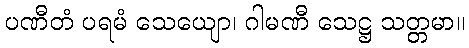
ပဏီတံ ပရမံ သေယျော၊ ဂါမဏီ သေဋ္ဌ သတ္တမာ။